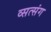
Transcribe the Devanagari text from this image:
व्सत्संग